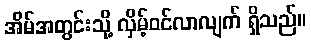
အိမ်အတွင်းသို့ လှိမ့်ဝင်လာလျက် ရှိသည်။